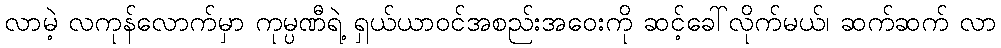
လာမဲ့ လကုန်လောက်မှာ ကုမ္ပဏီရဲ့ ရှယ်ယာဝင်အစည်းအဝေးကို ဆင့်ခေါ်လိုက်မယ်၊ ဆက်ဆက် လာ